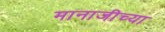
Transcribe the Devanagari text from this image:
मानाजीच्या